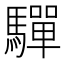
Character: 驒